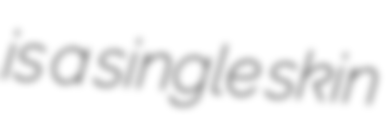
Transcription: is a single skin